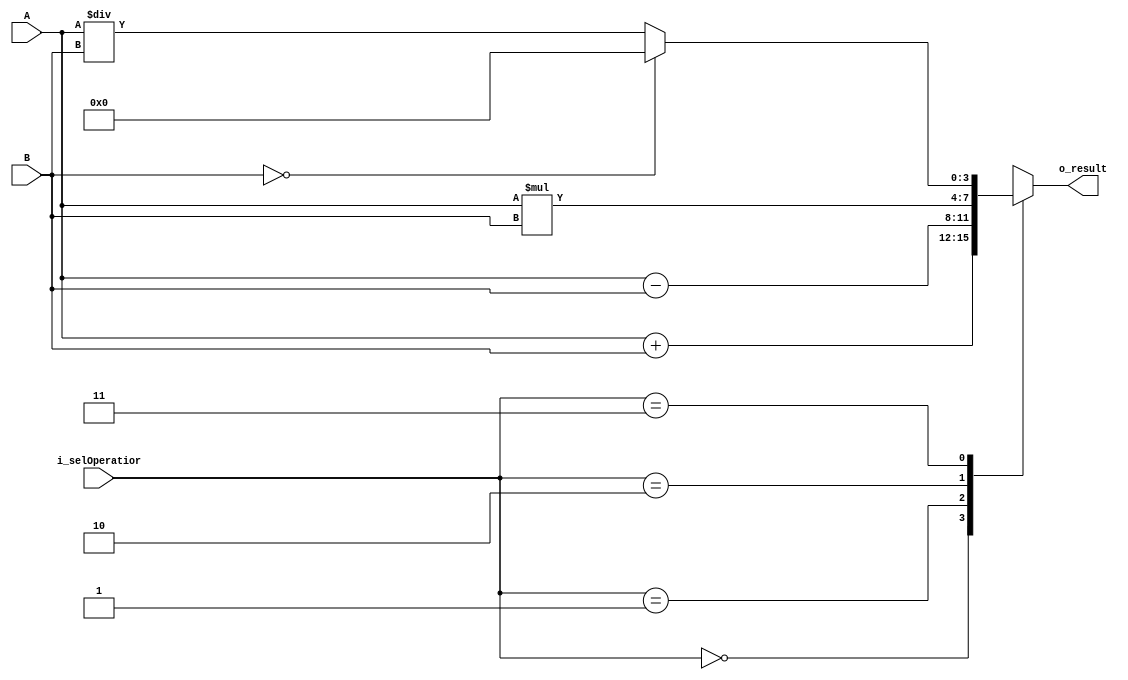
`timescale 1ns / 1ps



module simple_carculator
(
    input [3:0] A, B,
    input [1:0] i_selOperatior,
    output [3:0] o_result
);

    reg [3:0] r_result;
    assign o_result = r_result;

    always @(*) begin   // (*) :    
        case (i_selOperatior)
            2'b00 : r_result = A + B;
            2'b01 : r_result = A - B;
            2'b10 : r_result = A * B;
            2'b11 : begin
                if (B == 0) r_result = 0;
                else r_result = A / B;
            end
        endcase


    end 

endmodule